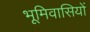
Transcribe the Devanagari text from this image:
भूमिवासियों